Civil Veterinary Dept. Bombay admin report 1907-1913 - 1907-1913
Year: 1907
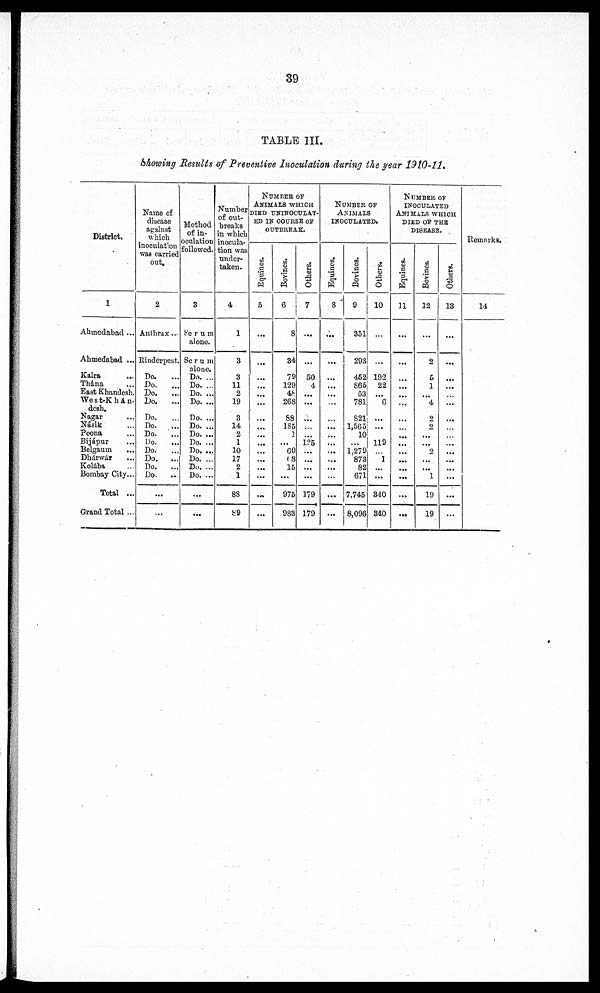
39
TABLE III.
showing Results of Preventive Inoculation during the year 1910-11.
District.
1
Ahmedabad ...
Ahmedabad ...
Kaira ...
Thána ...
East Khandcsh.
West-Khán-
desh.
Nagar ...
Násik ...
Poona ...
Bijápur ...
Belgaum ...
Dkárwar ...
Kolába ...
Bombay City...
Total ...
Grand Total ...
Name of
disease
against
which
inoculation
was carried
out.
2
Anthrax ...
Rinderpest.
Do. ...
Do.
...
Do. ...
Do. ...
Do. ...
Do. ...
Do. ...
Do. ...
Do. ...
Do.
...
Do. ...
Do.
...
...
...
Method
of in-
oculation
followed.
3
Serum
alone.
Serum
alone.
Do. ...
Do. ...
Do. ...
Do. ...
Do. ...
Do. ...
Do. ...
Do. ...
Do. ...
Do. ...
Do. ...
Do. ...
...
...
Number
of out-
breaks
in which
inocula-
tion was
under-
taken.
4
1
3
3
11
2
19
3
14
2
1
10
17
2
1
88
89
NUMBER OF
ANIMALS WHICH
DIED UNINOCULAT-
ED IN COURSE OF
OUTBREAK.
Equines.
5
...
...
...
...
...
...
...
...
...
...
...
...
...
...
...
...
Bovines.
6
8
34
79
129
48
268
88
185
1
...
60
68
15
...
975
983
Others.
7
...
...
50
4
...
...
...
...
...
125
...
...
...
...
179
179
NUMBER OF
ANIMALS
INOCULATED.
Equines.
8
...
...
...
...
...
...
...
...
...
...
...
...
...
...
...
...
Bovines.
9
351
293
452
865
53
781
821
1,565
10
...
1.279
873
82
671
7,745
8,096
Others.
10
...
...
192
22
...
6
...
...
...
119
...
1
...
...
340
340
NUMBER OF
INOCULATED
ANIMALS WHICH
DIED OF THE
DISEASE.
Equines.
11
...
...
...
...
...
...
...
...
...
...
...
...
...
...
...
...
...
Bovines.
12
...
2
5
1
...
4
2
2
...
...
2
...
...
1
19
19
Others.
13
...
...
...
...
...
...
...
...
...
...
...
...
...
...
...
...
Remarks.
14